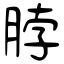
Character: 脖